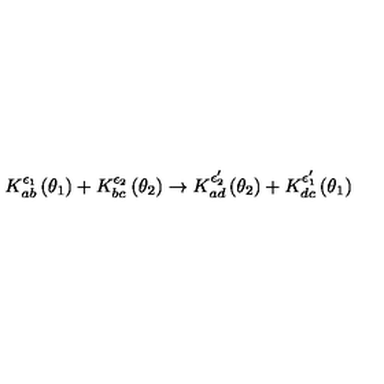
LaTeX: K _ { a b } ^ { \epsilon _ { 1 } } \left( \theta _ { 1 } \right) + K _ { b c } ^ { \epsilon _ { 2 } } \left( \theta _ { 2 } \right) \rightarrow K _ { a d } ^ { \epsilon _ { 2 } ^ { \prime } } \left( \theta _ { 2 } \right) + K _ { d c } ^ { \epsilon _ { 1 } ^ { \prime } } \left( \theta _ { 1 } \right)